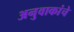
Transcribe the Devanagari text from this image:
अनुवाकांचे